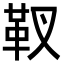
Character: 靫